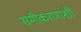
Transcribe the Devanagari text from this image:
समीकरणांशी